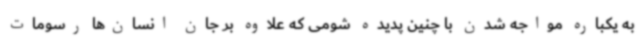
به یکباره مواجه شدن با چنین پدیده شومی که علاوه بر جان انسان‌ها رسومات